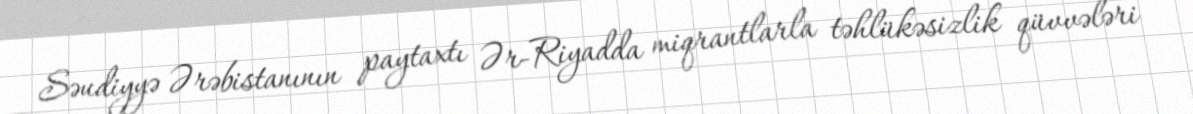
Səudiyyə Ərəbistanının paytaxtı Ər-Riyadda miqrantlarla təhlükəsizlik qüvvələri